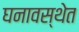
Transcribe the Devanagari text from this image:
घनावस्थेत